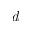
\textit { d }